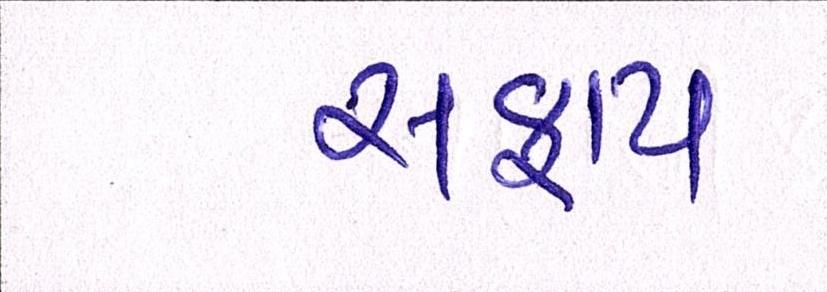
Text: સફાય